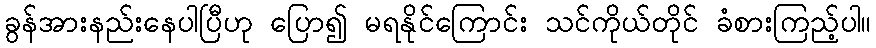
ခွန်အားနည်းနေပါပြီဟု ပြော၍ မရနိုင်ကြောင်း သင်ကိုယ်တိုင် ခံစားကြည့်ပါ။